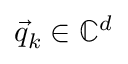
\vec { q } _ { k } \in \mathbb { C } ^ { d }